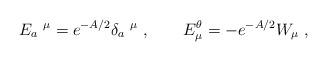
LaTeX: \begin{align*}E_a\ ^\mu = e^{-A/2} \delta_a\ ^\mu~,\qquad E^\theta_\mu =-e^{-A/2}W_\mu~,\end{align*}